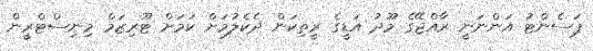
ޕަސެންޓު އަންނަނީ ރާއްޖޭގެ މޫދު އަޑީގެ ރީތިކަން ދެކެލުމަށް ކަމަށް ޓޫރިޒަމް މިނިސްޓްރީން